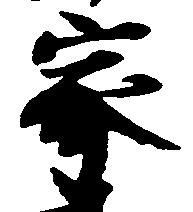
家